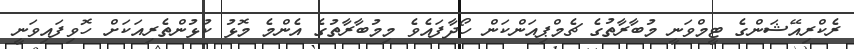
ރެކްރިއޭޝަންގެ ޓީމްވަނީ މުބާރާތުގެ ޗެމްޕިއަންކަން ހޯދާފައެވެ މިމުބާރާތުގެ އެންމެ މޮޅު ކުޅުންތެރިއަކަށް ހޮވިފައިވަނީ